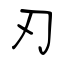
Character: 刃